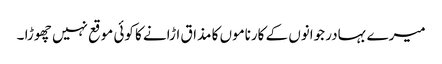
میرے بہادر جوانوں کے کارناموں کا مذاق اڑانے کا کوئی موقع نہیں چھوڑا ۔